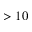
> 1 0